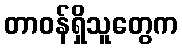
တာဝန်ရှိသူတွေက